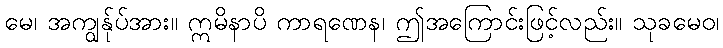
မေ၊ အကျွန်ုပ်အား။ ဣမိနာပိ ကာရဏေန၊ ဤအကြောင်းဖြင့်လည်း။ သုခမေဝ၊